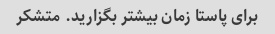
برای پاستا زمان بیشتر بگزارید. متشکر